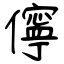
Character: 儜